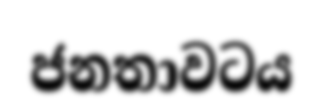
ජනතාවටය